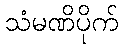
သံမဏိပိုက်